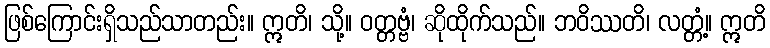
ဖြစ်ကြောင်းရှိသည်သာတည်း။ ဣတိ၊ သို့။ ဝတ္တဗ္ဗံ၊ ဆိုထိုက်သည်။ ဘဝိဿတိ၊ လတ္တံ့။ ဣတိ